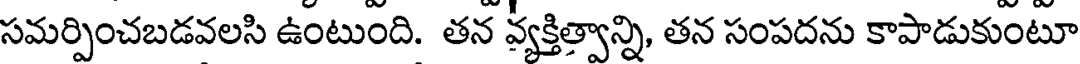
సమర్పించబడవలసి ఉంటుంది. తన వ్యక్తిత్వాన్ని, తన సంపదను కాపాడుకుంటూ